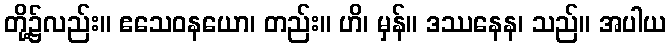
တို့၌လည်း။ ဧသေဝနယော၊ တည်း။ ဟိ၊ မှန်။ ဒဿနေန၊ သည်။ အပါယ